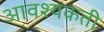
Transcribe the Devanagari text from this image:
आवश्यकती